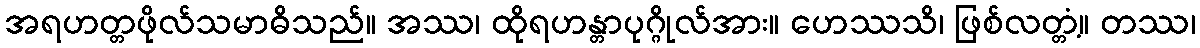
အရဟတ္တဖိုလ်သမာဓိသည်။ အဿ၊ ထိုရဟန္တာပုဂ္ဂိုလ်အား။ ဟေဿသိ၊ ဖြစ်လတ္တံ့။ တဿ၊